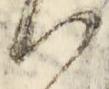
候